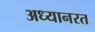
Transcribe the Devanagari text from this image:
अध्यानरत